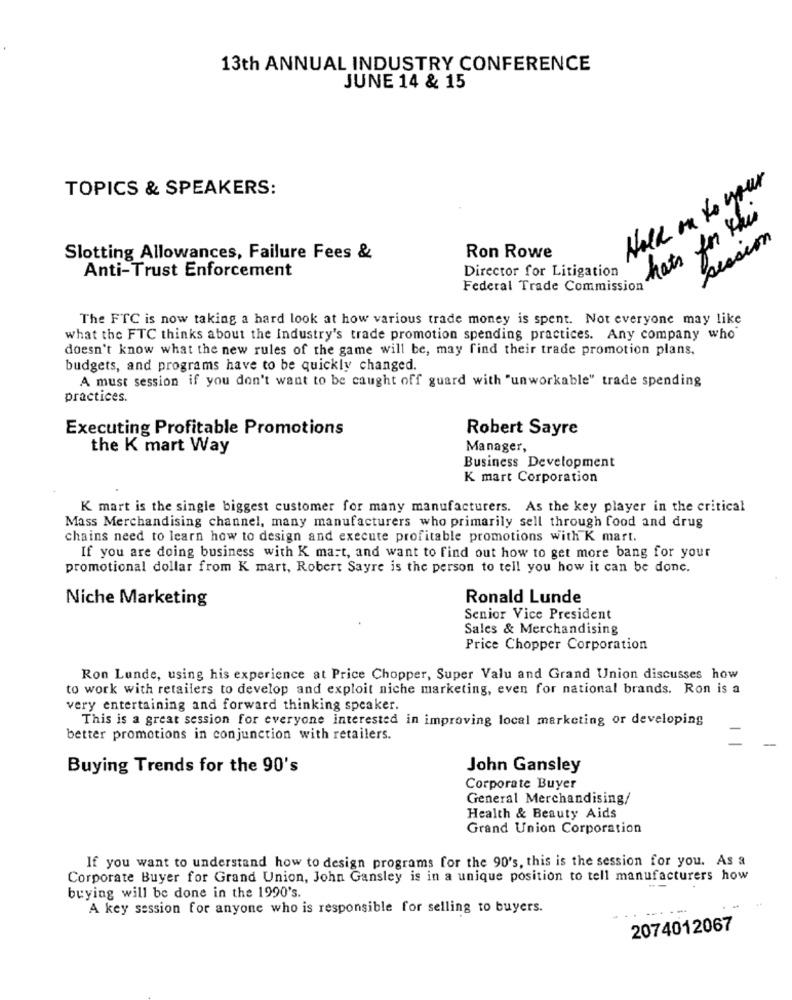
13th ANNUAL INDUSTRY CONFERENCE
JUNE 14 & 15
Hold on to your
TOPICS & SPEAKERS:
hats for this
session
Slotting Allowances, Failure Fees &
Ron Rowe
Anti-Trust Enforcement
Director for Litigation
Federal Trade Commission
The FTC is now taking a hard look at how various trade money is spent. Not everyone may like
what the FTC thinks about the Industry's trade promotion spending practices. Any company who
doesn't know what the new rules of the game will be, may find their trade promotion plans,
budgets, and programs have to be quickly changed.
A must session if you don't want to be caught off guard with "unworkable" trade spending
practices.
Executing Profitable Promotions
Robert Sayre
the K mart Way
Manager,
Business Development
K mart Corporation
K mart is the single biggest customer for many manufacturers. As the key player in the critical
Mass Merchandising channel, many manufacturers who primarily sell through food and drug
chains need to learn how to design and execute profitable promotions with K mart.
If you are doing business with K mart, and want to find out how to get more bang for your
promotional dollar from K mart, Robert Sayre is the person to tell you how it can be done.
Niche Marketing
Ronald Lunde
Senior Vice President
Sales & Merchandising
Price Chopper Corporation
Ron Lunde, using his experience at Price Chopper, Super Valu and Grand Union discusses how
to work with retailers to develop and exploit niche marketing, even for national brands. Ron is a
very entertaining and forward thinking speaker.
This is a great session for everyone interested in improving local marketing or developing
better promotions in conjunction with retailers.
Buying Trends for the 90's
John Gansley
Corporate Buyer
General Merchandising/
Health & Beauty Aids
Grand Union Corporation
If you want to understand how to design programs for the 90's, this is the session for you. As a
Corporate Buyer for Grand Union, John Gansley is in a unique position to tell manufacturers how
buying will be done in the 1990's.
A key session for anyone who is responsible for selling to buyers.
2074012067